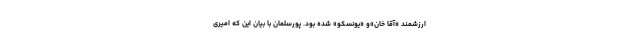
ارزشمند «آقا خان»و «یونسکو» شده بود. پورسلمان با بیان این که امیری